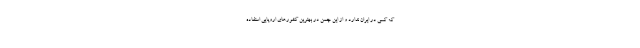
که کسی در ایران ندارد و از این چمن در بهترین کشورهای اروپایی استفاده